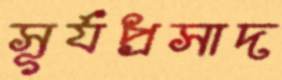
সূর্যপ্রসাদ